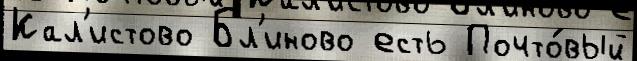
Кал'истово Бл'иново есть Почто́вый